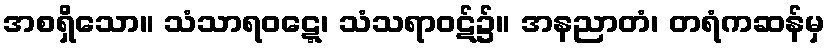
အစရှိသော။ သံသာရဝဋ္ဋေ၊ သံသရာဝဋ်၌။ အနညာတံ၊ တရံကဆန်မှ